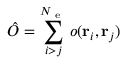
\hat { O } = \sum _ { i > j } ^ { N _ { \mathrm { ~ e ~ } } } o ( { \mathbf { r } _ { i } } , { \mathbf { r } _ { j } } )